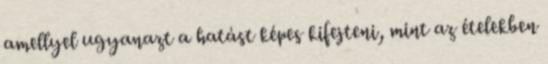
amellyel ugyanazt a hatást képes kifejteni, mint az ételekben